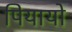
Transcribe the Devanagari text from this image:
पियायो